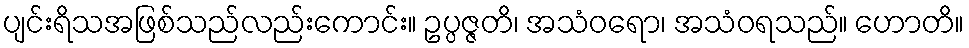
ပျင်းရိသအဖြစ်သည်လည်းကောင်း။ ဥပ္ပဇ္ဇတိ၊ အသံဝရော၊ အသံဝရသည်။ ဟောတိ။